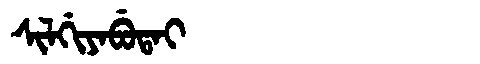
Manchu: ᠰᡳᠯᡤᡳᠶᠠᠪᡠᡨᠠᡳ
Romanization: SILGIYABUTAI